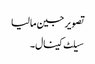
تصویر جین مالیا
سیلٹ کینال۔